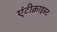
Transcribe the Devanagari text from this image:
एंटीक्राइस्ट